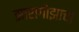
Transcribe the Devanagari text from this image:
झारागोझाचा